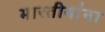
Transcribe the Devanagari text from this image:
भारतीयांंना